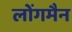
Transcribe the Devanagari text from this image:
लोंगमैन